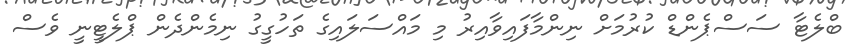
ބްލެޓާ ސަސްޕެންޑް ކުރުމަށް ނިންމާފައިވާއިރު މި މައްސަލައިގެ ތަހުގީގު ނިމެންދެން ޕްލެޓީނީ ވެސް